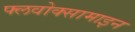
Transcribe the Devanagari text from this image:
फ्लवोक्सामाइन